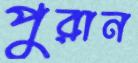
পুরান